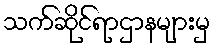
သက်ဆိုင်ရာဌာနများမှ